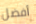
أفضل